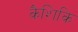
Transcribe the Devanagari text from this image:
कैशिकि